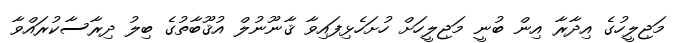
މަޖިލީހުގެ އިދާރާ އިން ބުނީ މަޖިލީހަށް ހުށަހެޅިފައިވާ ޤާނޫނުލް އުޤޫބާތުގެ ބިލު ދިރާސާކުރައްވާ